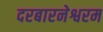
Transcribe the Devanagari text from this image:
दरबारनेश्वरम